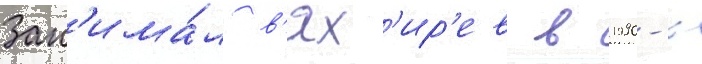
Зан'има́л в'ях'ир'ев в 1990-х